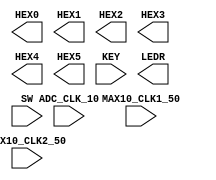

//=======================================================
//  This code is generated by Terasic System Builder
//=======================================================

module RandomNumberGenerator(

	//////////// CLOCK //////////
	input 		          		ADC_CLK_10,
	input 		          		MAX10_CLK1_50,
	input 		          		MAX10_CLK2_50,

	//////////// SEG7 //////////
	output		     [7:0]		HEX0,
	output		     [7:0]		HEX1,
	output		     [7:0]		HEX2,
	output		     [7:0]		HEX3,
	output		     [7:0]		HEX4,
	output		     [7:0]		HEX5,

	//////////// KEY //////////
	input 		     [1:0]		KEY,

	//////////// LED //////////
	output		     [9:0]		LEDR,

	//////////// SW //////////
	input 		     [9:0]		SW
);



//=======================================================
//  REG/WIRE declarations
//=======================================================




//=======================================================
//  Structural coding
//=======================================================



endmodule